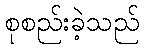
စုစည်းခဲ့သည်